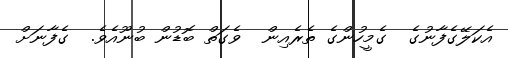
އެކަލޭގެފާނުގެ  ގެމީހުންގެ ތެރެއިން  ވެގަތް ބޮޑުން ބުނޫއެވެ.  ގެފާނަށް